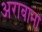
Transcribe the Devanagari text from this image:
अराबाना